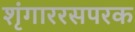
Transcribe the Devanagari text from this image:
शृंगाररसपरक